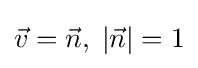
{\vec {v}}={\vec {n}},\;|{\vec {n}}|=1